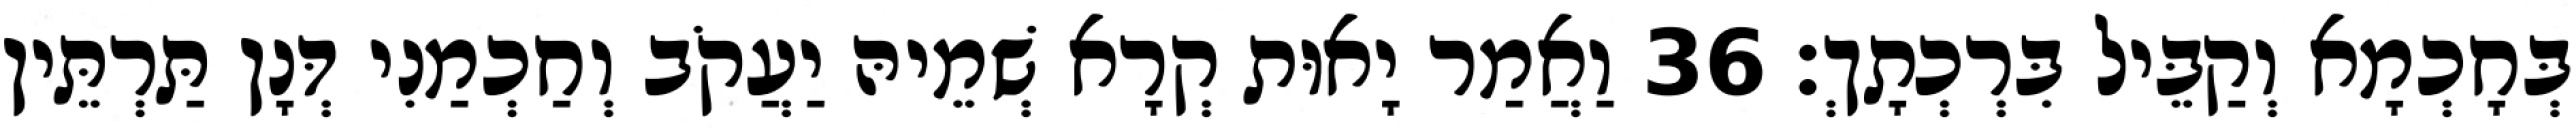
בְּחָכְמָא וְקַבֵּיל בִּרְכְתָךְ׃ 36 וַאֲמַר יָאוּת קְרָא שְׁמֵיהּ יַעֲקֹב וְחַכְמַנִי דְּנָן תַּרְתֵּין